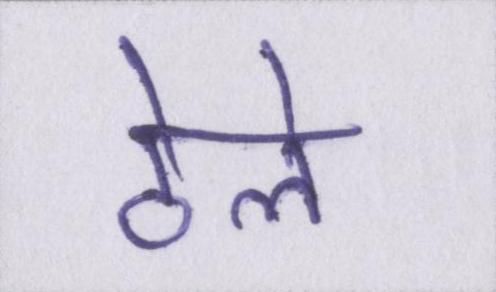
ठेले